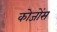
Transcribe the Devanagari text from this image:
कोजोंस